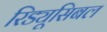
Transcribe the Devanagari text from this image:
रिड्यूसिबल